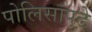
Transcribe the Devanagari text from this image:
पोलिसांपुढे